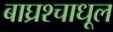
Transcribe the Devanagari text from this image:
बाघ्रश्चाधूल